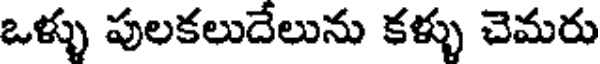
ఒళ్ళు పులకలుదేలును కళ్ళు చెమరు